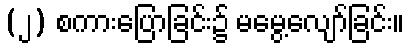
(၂) စကားပြောခြင်း၌ မမွေ့လျော်ခြင်း။